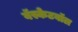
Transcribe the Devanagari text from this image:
बॅस्केटबॉल